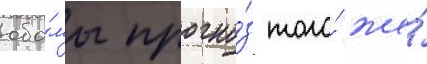
оба́мы прогно́з того́ же́